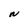
Character: N